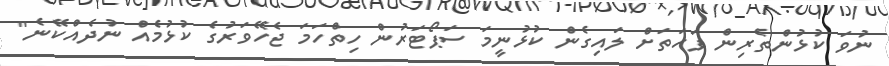
ނުވަ ކުޅުންތެރިން ފަހަތަށް ލައިގެން ކުޅުނީމަ ސަޕޯޓަރުން ހިތްހަމަ ޖެހޭވަރުގެ ކުޅުމެއް ނުދެއްކޭނެ"